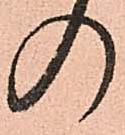
の